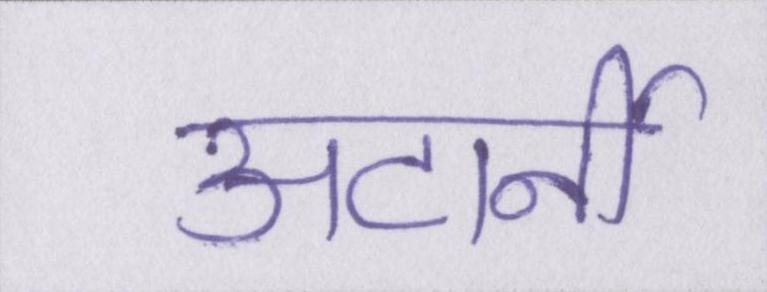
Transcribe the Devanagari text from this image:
अटार्नी